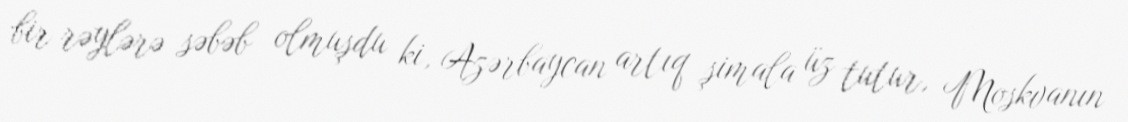
bir rəylərə səbəb olmuşdu ki, Azərbaycan artıq şimala üz tutur, Moskvanın